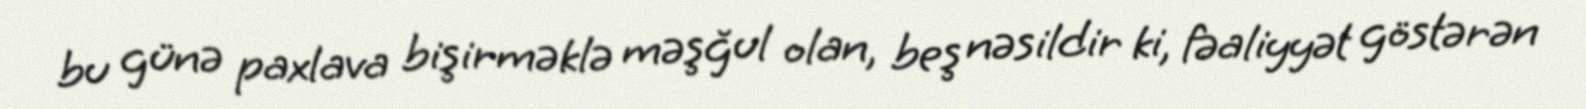
bu günə paxlava bişirməklə məşğul olan, beş nəsildir ki, fəaliyyət göstərən